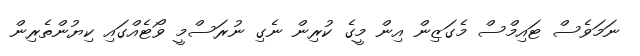
ނަމަވެސް ޓައިމްސް މެގަޒިން އިން މީގެ ކުރިން ނެގި ނުރަސްމީ ވޯޓެއްގައި ކިޔުންތެރިން